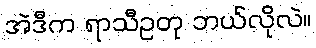
အဲဒီက ရာသီဥတု ဘယ်လိုလဲ။